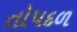
તોપદળ